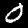
Label: 0